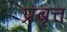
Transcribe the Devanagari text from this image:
प्रबृत्त